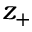
z _ { + }